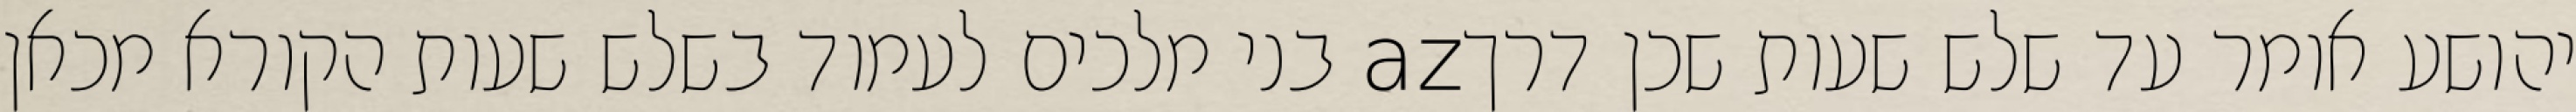
יהושע אומר עד שלש שעות שכן דרךaz בני מלכים לעמוד בשלש שעות הקורא מכאן